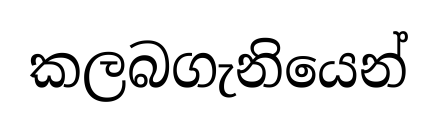
කලබගැනියෙන්